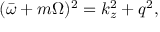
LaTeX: ( \bar { \omega } + m \Omega ) ^ { 2 } = k _ { z } ^ { 2 } + q ^ { 2 } ,